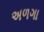
અળગા